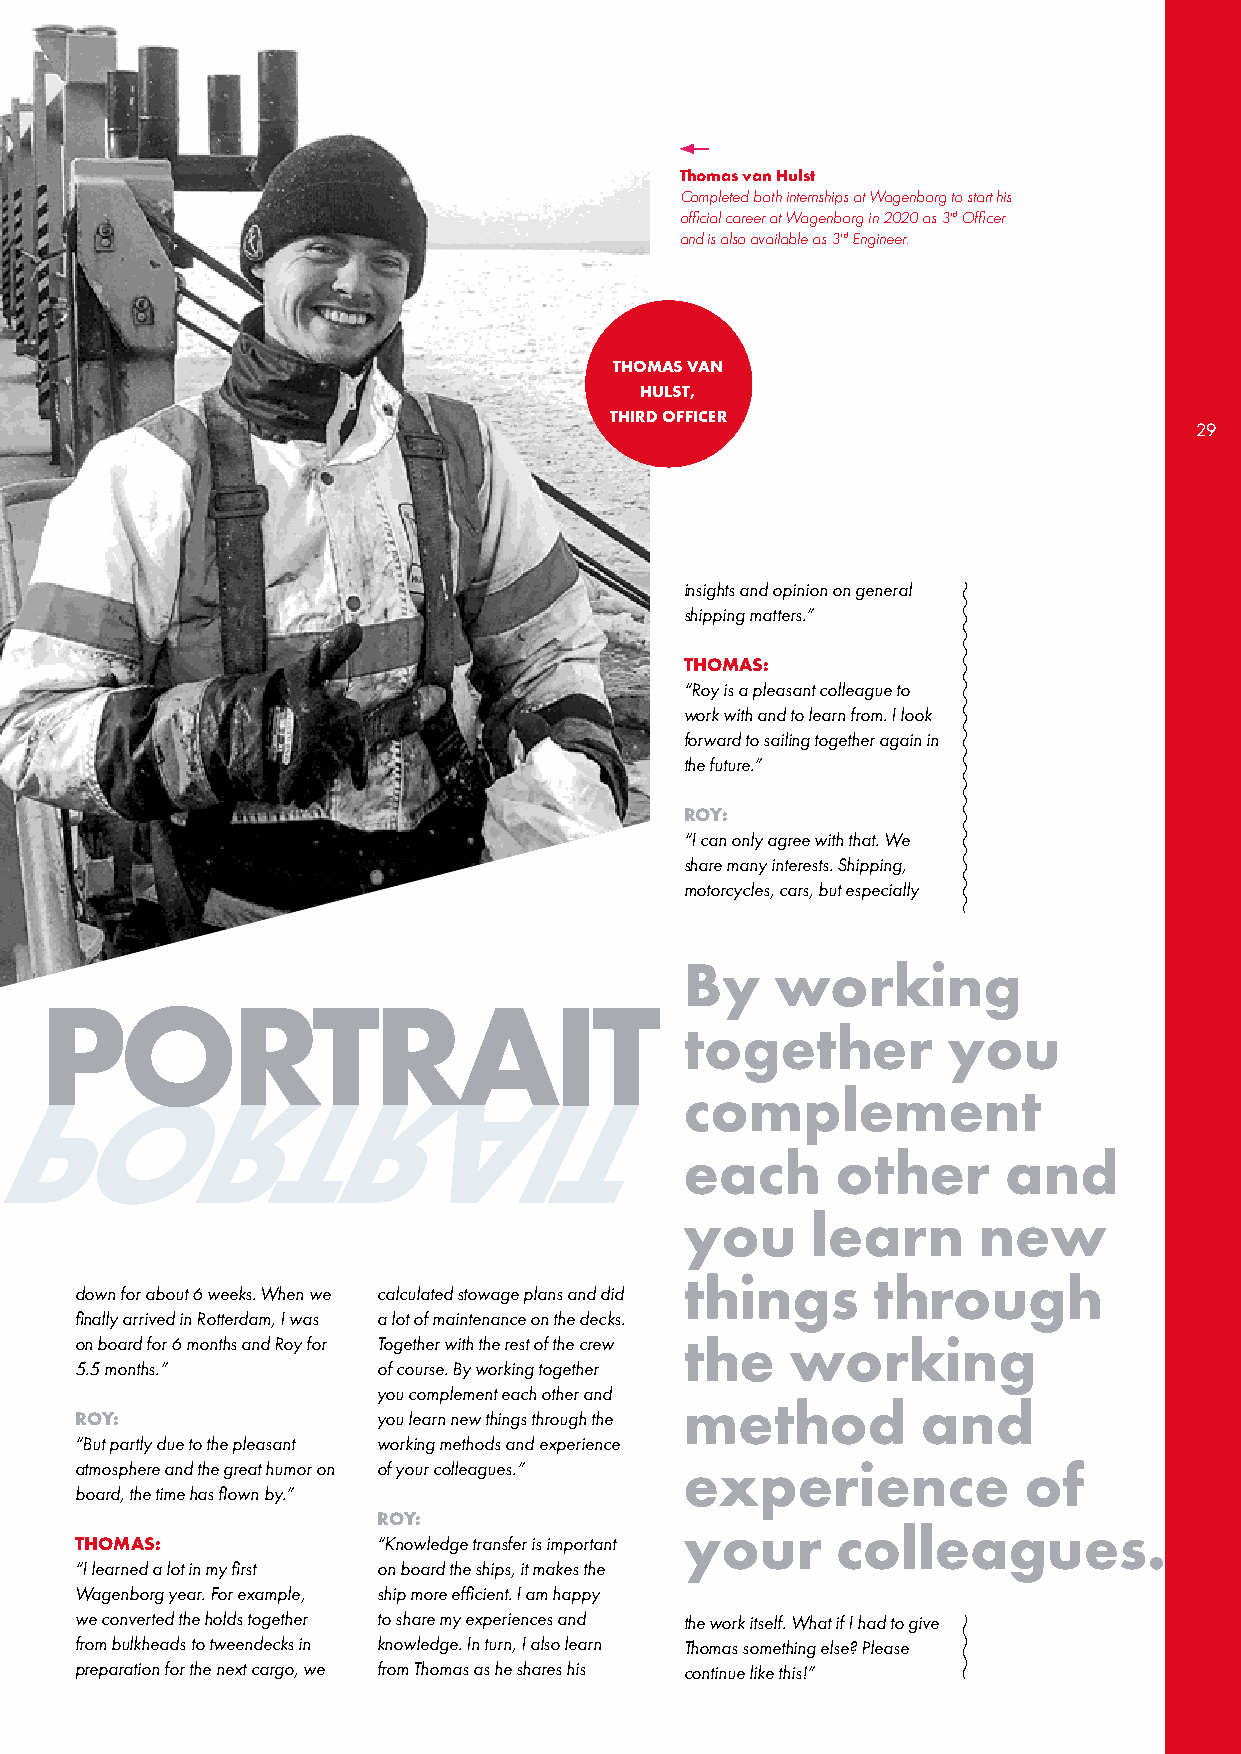
Thomas van Hulst
 Completed both internships at Wagenborg to start his
 official career at Wagenborg in 2020 as 3rd Officer
 and is also available as 3rd Engineer.
 THOMAS VAN
 HULST,
 THIRD OFFICER
 2299
 insights and opinion on general
 shipping matters.”
 THOMAS:
 “Roy is a pleasant colleague to
 work with and to learn from. I look
 forward to sailing together again in
 the future.”
 ROY:
 “I can only agree with that. We
 share many interests. Shipping,
 motorcycles, cars, but especially
 By    working
 PORTRAIT
 together          you
 complement
 each      other      and
 you      learn      new
 things       through
 down for about 6 weeks. When we calculated stowage plans and did
 finally arrived in Rotterdam, I was a lot of maintenance on the decks.
 on board for 6 months and Roy for Together with the rest of the crew the working
 5.5 months.”        of course. By working together
 you complement each other and
 method          and
 ROY:                you learn new things through the
 “But partly due to the pleasant working methods and experience
 atmosphere and the great humor on of your colleagues.” experience of
 board, the time has flown by.”
 ROY:
 your      colleagues.
 THOMAS:             “Knowledge transfer is important
 “I learned a lot in my first on board the ships, it makes the
 Wagenborg year. For example, ship more efficient. I am happy
 we converted the holds together to share my experiences and the work itself. What if I had to give
 from bulkheads to tweendecks in knowledge. In turn, I also learn Thomas something else? Please
 preparation for the next cargo, we from Thomas as he shares his continue like this!”
 P    O      R     T   R    A    I   T